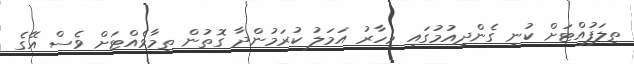
ތިލަފުއްޓަށް ކުނި ގެންދިއުމުގައި މިހާރު އަމަލު ކުރަމުންދާ ގޮތުން ތިމާވެއްޓަށް ވެސް އޭގެ